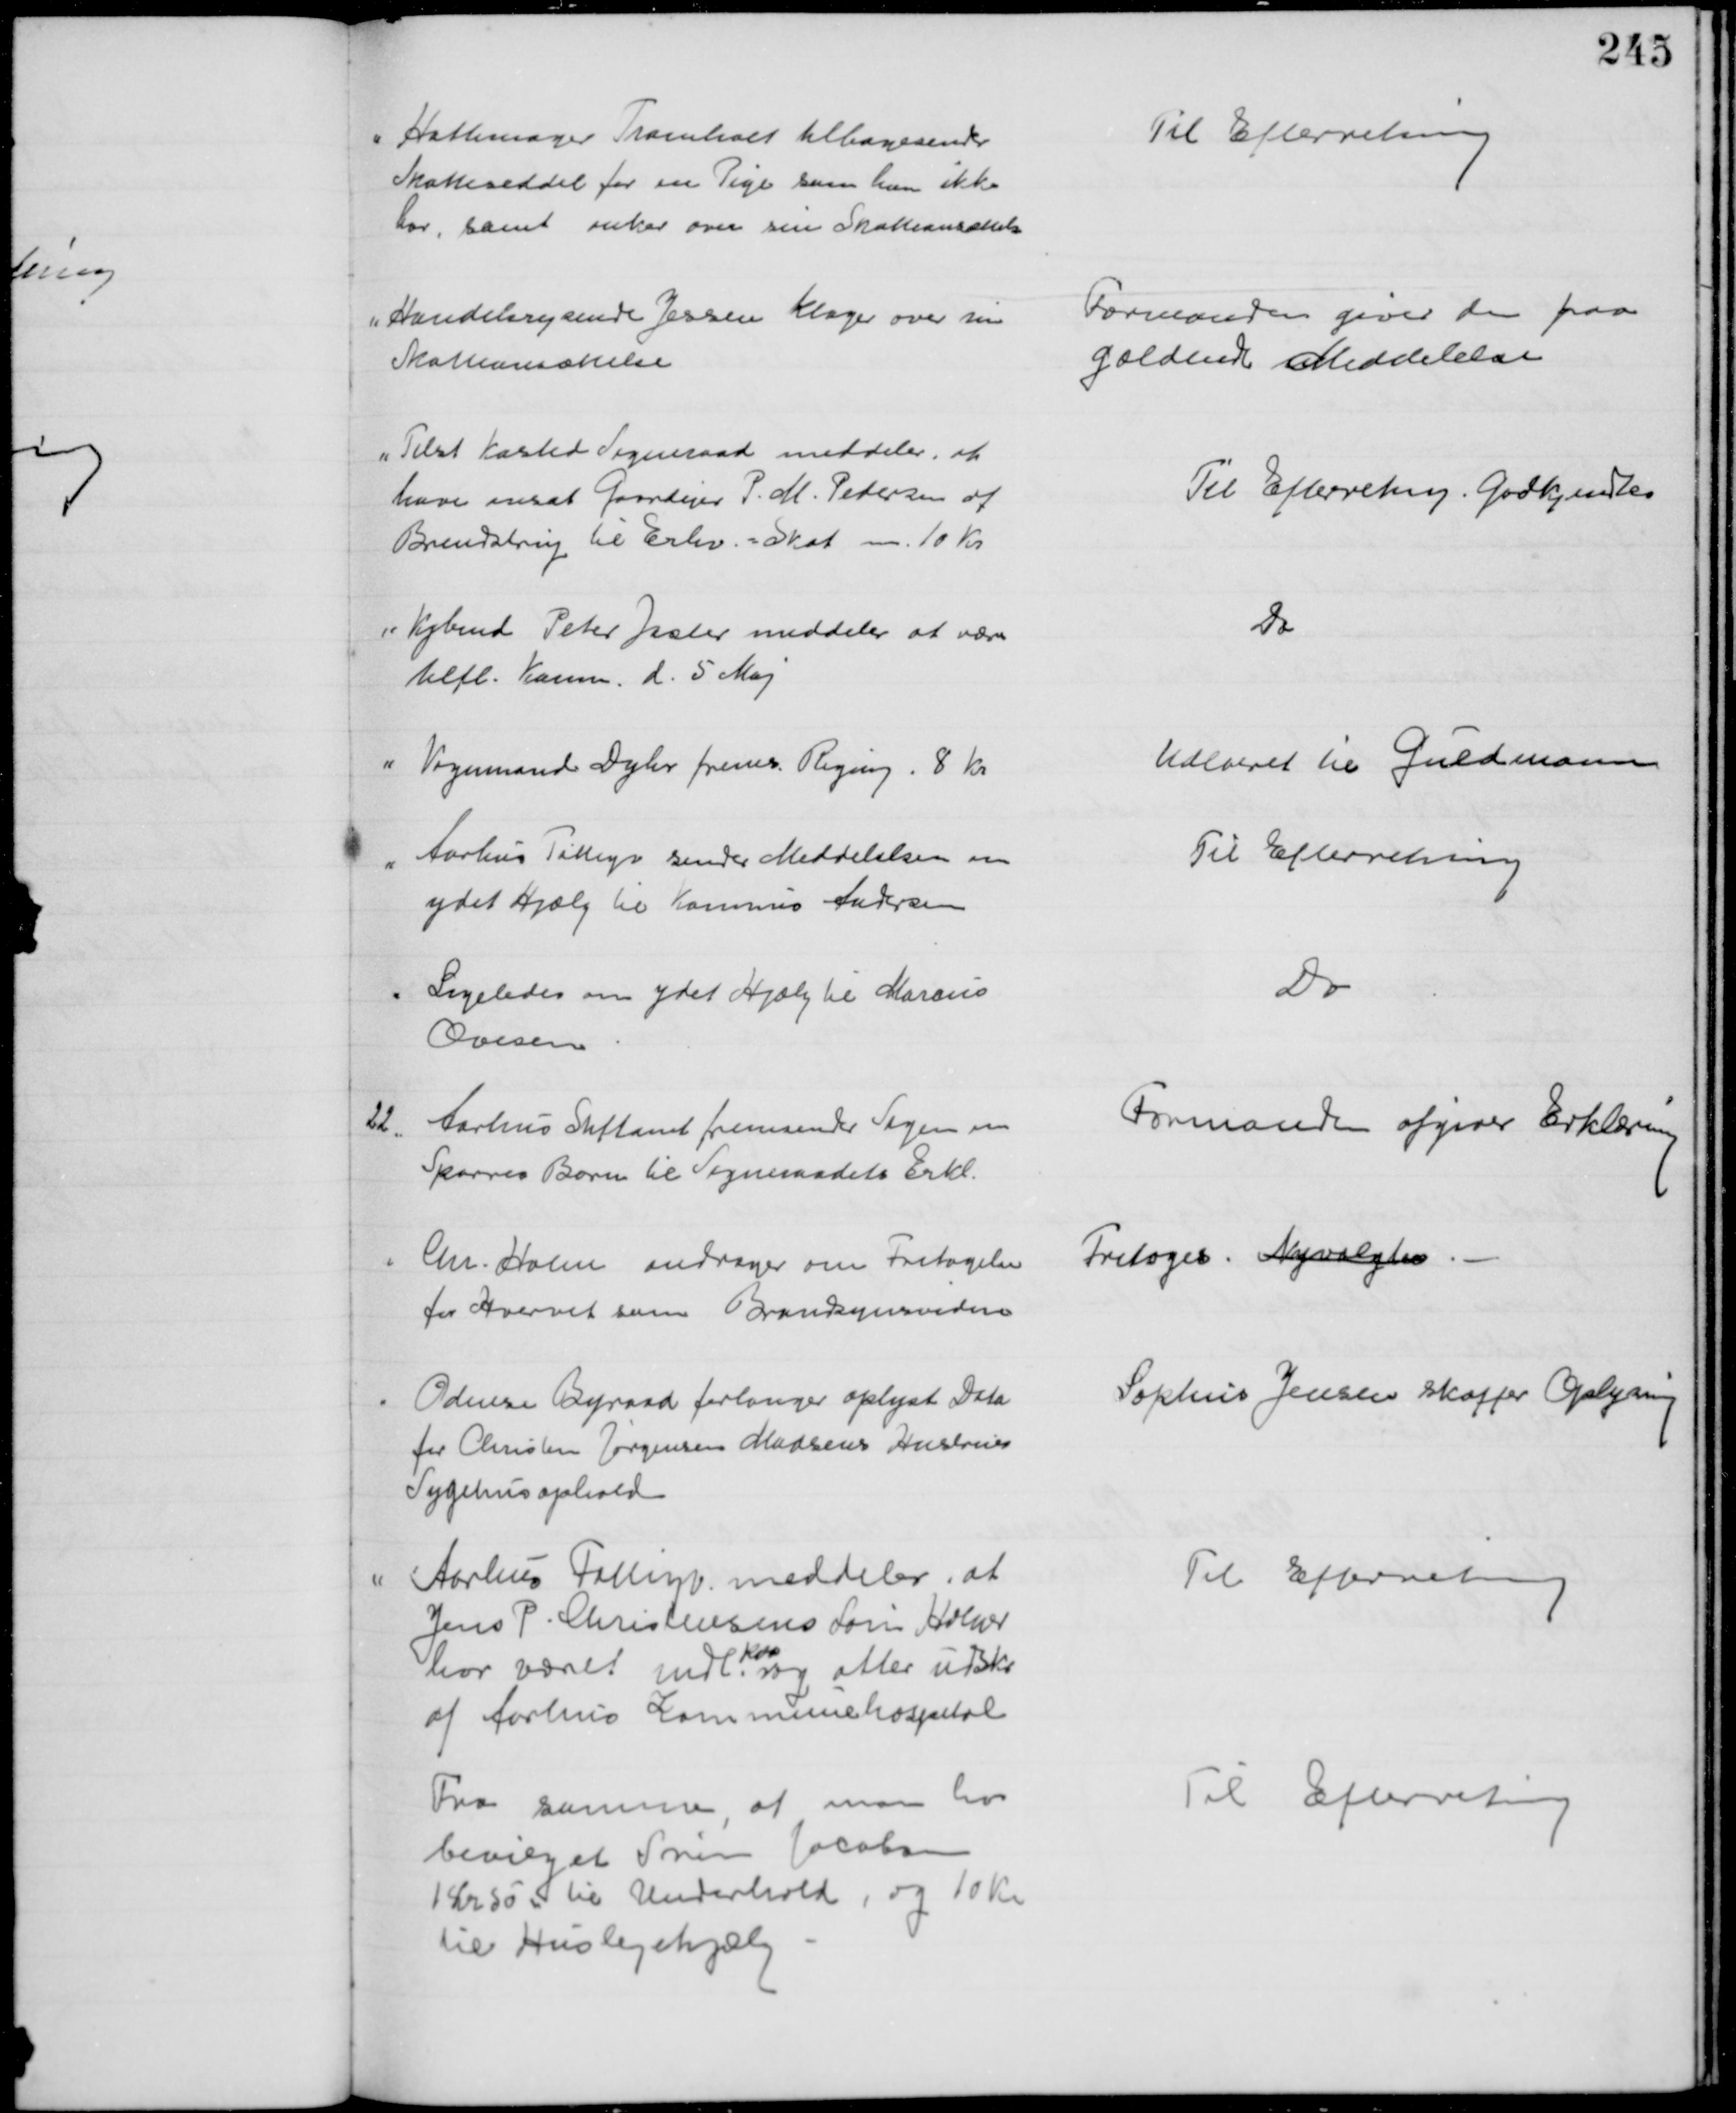
Transskription:
Hattemager Tromholt tilbagesender
Skatteseddel for en Pige som han ikke
har, samt anker over sin Skatteansættelse
Til Efterretning.
Handelsrejsende Jessen klager over sin 
Skatteansættelse
Formanden giver den paa
gældende Meddelelse
Tilst Kasted Sogneraad meddeler, at
have ansat Gaardejer P. M. Pedersen af 
Brendstrup til Erhv. = Skat - 10 Kr.
Til Efterretning. Godkjendtes
Kjbmd Peter Jaster meddeler at være
tilfl. Komm d. 5 Maj
Do
Vognmand Dyhr frems. Regning 8 Kr.
Udlveret til Guldmann
Aarhus Fattigv sender Meddelelsen om 
ydet Hjælp til Kommis Andersen
Til Efterretning
Ligeledes om ydet Hjælp til Marcus
Ovesen
Do
22
Aarhus Stiftamt fremsender Sagen om
Sparres Børn til Sogneraadets Erkl.
Formanden afgiver Erklæring
Chr. Holm andrager om Fritagelse
for Hvervet som Brandsynsvidne
Fritoges. Nyvalgtes.
Odense Byraad forlanger oplyst Dato
for Christen Jørgensen Madsens Hustrues
Sygehusophold
Sophus Jensen skaffer Oplysning
Aarhus Fattig meddeler, at
Jens P. Christensens Søn Halvor
har været indl
kor
og atter udskr
af Aarhus Kommunehospital
Til Efterretning
Fra samme, at man har
bevilget Søren Jacobsen
1 Kr 50 Ø til Underhold, og 10 Kr
til Huslejehjælp
Til Efterretning